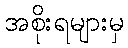
အစိုးရများမှ